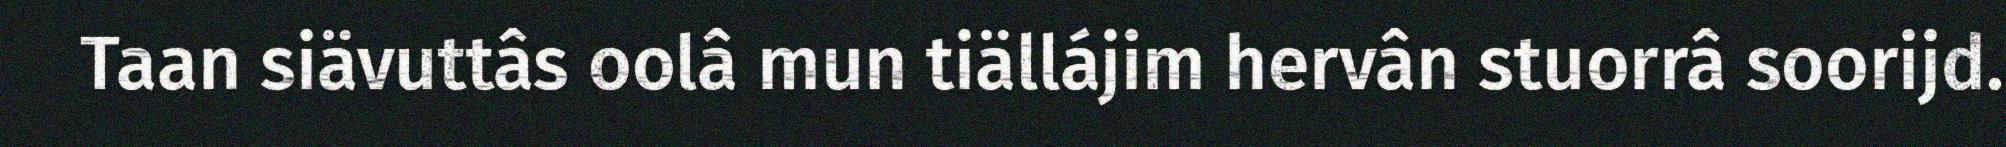
Taan siävuttâs oolâ mun tiällájim hervân stuorrâ soorijd.